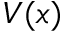
V ( x )